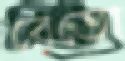
রেতো